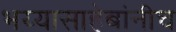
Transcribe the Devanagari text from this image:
भय्यासाहेबांनीच